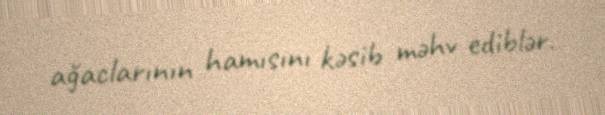
ağaclarının hamısını kəsib məhv ediblər.